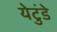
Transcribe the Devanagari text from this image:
येटुंडे